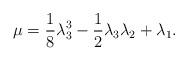
LaTeX: \begin{align*} \mu = \frac{1}{8}\lambda_3^3 - \frac{1}{2}\lambda_3\lambda_2 + \lambda_1. \end{align*}